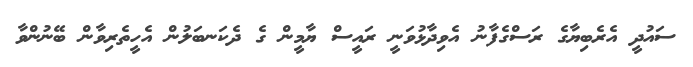
ސައުދީ އެރެބިޔާގެ ރަސްގެފާނު އެވިދާޅުވަނީ ރައީސް ޔާމީން ގެ ދެކަނބަލުން އެހީތެރިވާން ބޭނުންވާ